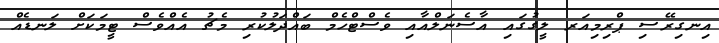
އިނގިރޭސި ޕްރިމިއަރ ލީގުގައި އާސެނަލްއާއި ވެސްޓްހެމް ބައްދަލުކުރި މެޗު އެއްވެސް ޓީމަކަށް ލަނޑެއް